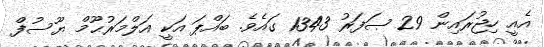
އެއީ ހިޖުރައިން 29 ޞަފަރު 1343 ގައެވެ. ބައްޕަ އަކީ އަލްމަރުޙޫމް ޔޫސުފް